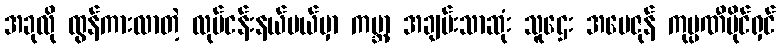
အခုလို ထွန်ကားလာတဲ့ လုပ်ငန်းနယ်ပယ်မှာ ကမ္ဘာ့ အချမ်းသာဆုံး သူဌေး အမေဇုန် ကုမ္ပဏီပိုင်ရှင်